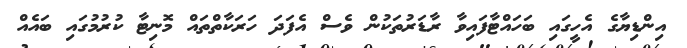
އިންޑިޔާގެ އެހީގައި ބަހައްޓާފައިވާ ރާޑަރުތަކުން ވެސް އެފަދަ ހަރަކާތްތައް މޮނިޓާ ކުރުމުގައި ބައެއް